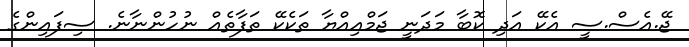
ޖޭ.އެސް.ސީ އެކޭ އަދި ކޮބާ މަދަނީ ޖަމްއިއްޔާ ތަކެކޭ ތަފާތެއް ނުހުންނާނެ. ސިފައިންގެ